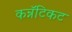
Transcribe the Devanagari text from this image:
कन्नॅटिकट